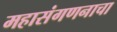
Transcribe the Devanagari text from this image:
महासंगणनाचा